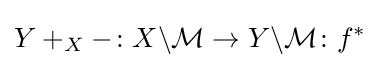
Y+_{X}-\colon X\backslash {\mathcal {M}}\rightarrow Y\backslash {\mathcal {M}}\colon f^{*}